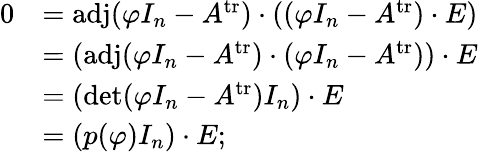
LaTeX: {\begin{array}{rl}{0}&{=\operatorname{adj}(\varphi I_{n}-A^{\operatorname{tr}})\cdot\left((\varphi I_{n}-A^{\operatorname{tr}})\cdot E\right)}\\ &{=\left(\operatorname{adj}(\varphi I_{n}-A^{\operatorname{tr}})\cdot(\varphi I_{n}-A^{\operatorname{tr}})\right)\cdot E}\\ &{=\left(\operatorname*{det}(\varphi I_{n}-A^{\operatorname{tr}})I_{n}\right)\cdot E}\\ &{=(p(\varphi)I_{n})\cdot E;}\end{array}}